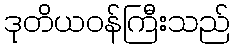
ဒုတိယဝန်ကြီးသည်